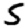
Digit: 5